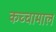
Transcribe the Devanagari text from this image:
कच्‍चामाल